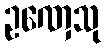
ဥဏှေသု